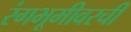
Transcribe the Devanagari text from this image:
रंगभूमीवरची